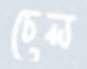
চেল